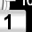
Digit: 1